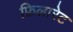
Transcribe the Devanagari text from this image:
फ़िलारेट